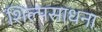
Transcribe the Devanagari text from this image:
शिल्पसाधना